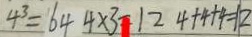
4 ^ { 3 } = 6 4 4 \times 3 = 1 2 4 + 4 + 4 = 1 2